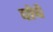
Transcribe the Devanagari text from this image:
पोचे